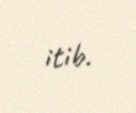
itib.